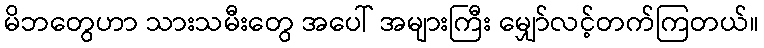
မိဘတွေဟာ သားသမီးတွေ အပေါ် အများကြီး မျှော်လင့်တက်ကြတယ်။